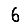
Digit: 6